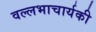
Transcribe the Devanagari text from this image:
वल्लभाचार्यकी